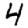
Digit: 4